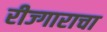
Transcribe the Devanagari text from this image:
रीज्गाराचा